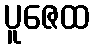
ပူဇေထ